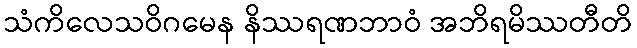
သံကိလေသဝိဂမေန နိဿရဏဘာဝံ အဘိရမိဿတီတိ